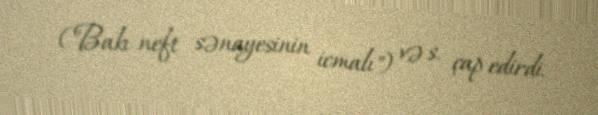
("Bakı neft sənayesinin icmalı") və s. çap edirdi.